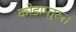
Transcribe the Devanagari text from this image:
कोडाम्तुरुत